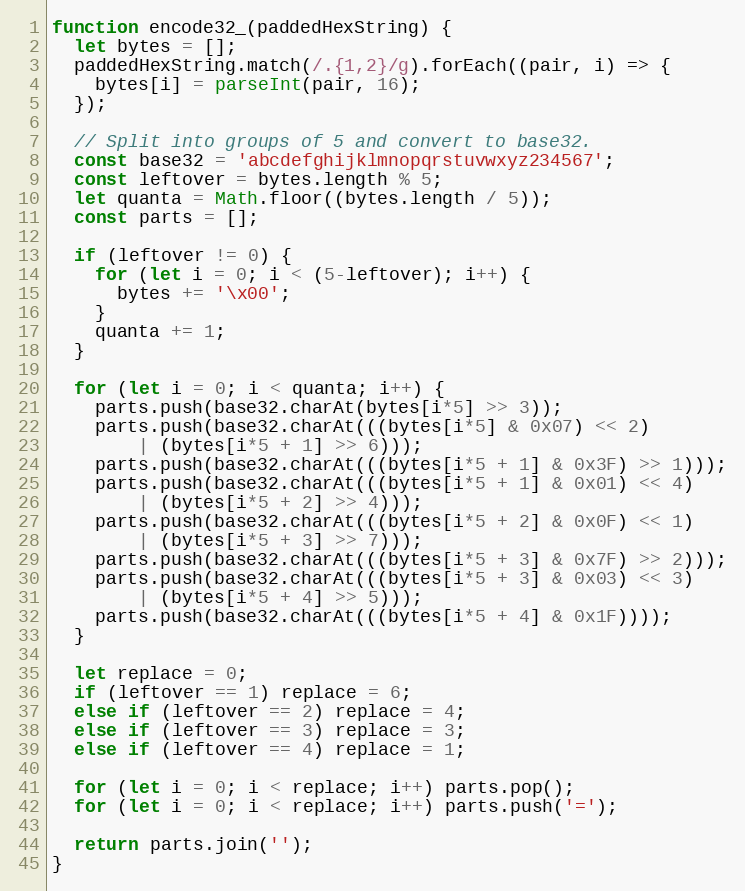
Language: JavaScript
function encode32_(paddedHexString) {
  let bytes = [];
  paddedHexString.match(/.{1,2}/g).forEach((pair, i) => {
    bytes[i] = parseInt(pair, 16);
  });

  // Split into groups of 5 and convert to base32.
  const base32 = 'abcdefghijklmnopqrstuvwxyz234567';
  const leftover = bytes.length % 5;
  let quanta = Math.floor((bytes.length / 5));
  const parts = [];

  if (leftover != 0) {
    for (let i = 0; i < (5-leftover); i++) {
      bytes += '\x00';
    }
    quanta += 1;
  }

  for (let i = 0; i < quanta; i++) {
    parts.push(base32.charAt(bytes[i*5] >> 3));
    parts.push(base32.charAt(((bytes[i*5] & 0x07) << 2)
        | (bytes[i*5 + 1] >> 6)));
    parts.push(base32.charAt(((bytes[i*5 + 1] & 0x3F) >> 1)));
    parts.push(base32.charAt(((bytes[i*5 + 1] & 0x01) << 4)
        | (bytes[i*5 + 2] >> 4)));
    parts.push(base32.charAt(((bytes[i*5 + 2] & 0x0F) << 1)
        | (bytes[i*5 + 3] >> 7)));
    parts.push(base32.charAt(((bytes[i*5 + 3] & 0x7F) >> 2)));
    parts.push(base32.charAt(((bytes[i*5 + 3] & 0x03) << 3)
        | (bytes[i*5 + 4] >> 5)));
    parts.push(base32.charAt(((bytes[i*5 + 4] & 0x1F))));
  }

  let replace = 0;
  if (leftover == 1) replace = 6;
  else if (leftover == 2) replace = 4;
  else if (leftover == 3) replace = 3;
  else if (leftover == 4) replace = 1;

  for (let i = 0; i < replace; i++) parts.pop();
  for (let i = 0; i < replace; i++) parts.push('=');

  return parts.join('');
}